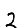
Digit: 2